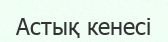
Астық кенесі